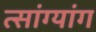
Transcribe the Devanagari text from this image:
त्सांग्यांग